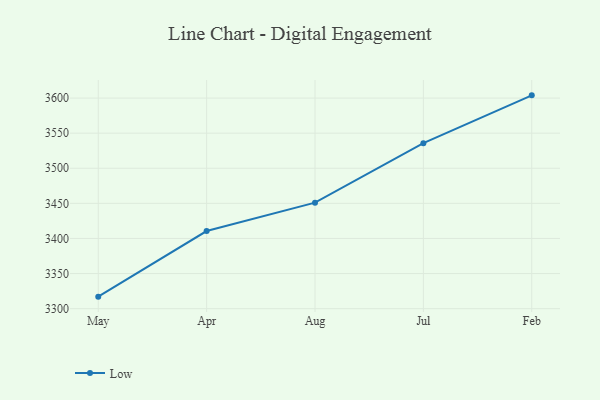
{"axis": {"x": "Month", "y": "Headcount"}, "legend": ["Low"], "data": [{"x": "May", "y": 3317.1, "type": "Low"}, {"x": "Apr", "y": 3410.6, "type": "Low"}, {"x": "Aug", "y": 3451.0, "type": "Low"}, {"x": "Jul", "y": 3535.8, "type": "Low"}, {"x": "Feb", "y": 3603.9, "type": "Low"}]}